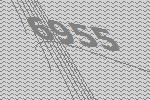
6955